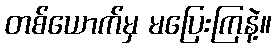
တစ်ယောက်မှ မပြေးကြနဲ့။